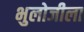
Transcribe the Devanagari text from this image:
भुलोजीला